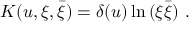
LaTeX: K ( u , \xi , \bar { \xi } ) = \delta ( u ) \ln \, ( \xi \bar { \xi } ) \ .